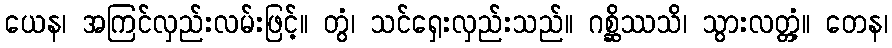
ယေန၊ အကြင်လှည်းလမ်းဖြင့်။ တွံ၊ သင်ရှေးလှည်းသည်။ ဂစ္ဆိဿသိ၊ သွားလတ္တံ့။ တေန၊